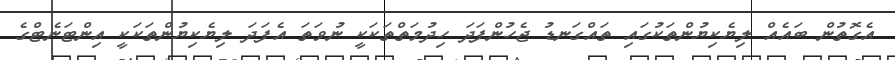
އެގޮތުން ބައެއް ލިޔެކިޔުންތަކުގައި ތައްގަނޑު ޖެހުންފަދަ ހިދުމަތްތަކަކީ ނުވަތަ އެފަދަ ލިޔެކިޔުންތަކަކީ އިންޓަނެޓްގެ